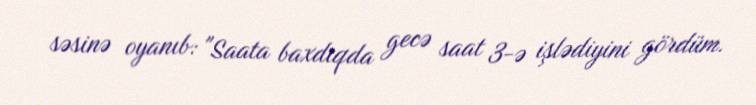
səsinə oyanıb: "Saata baxdıqda gecə saat 3-ə işlədiyini gördüm.